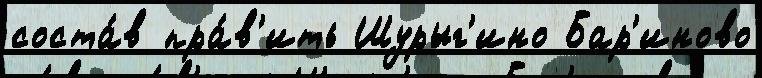
соста́в пра́в'ить Шурыг'ино Бар'иново